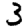
Digit: 3